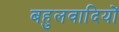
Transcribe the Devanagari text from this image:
बहुलवादियों